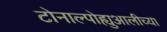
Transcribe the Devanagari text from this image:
टोनाल्पोह्युआलीच्या